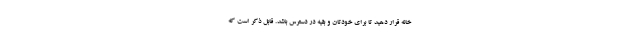
خانه قرار دهید تا برای خودتان و بقیه در دسترس باشد. قابل ذکر است که